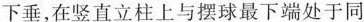
下垂，在竖直立柱上与摆球最下端处于同